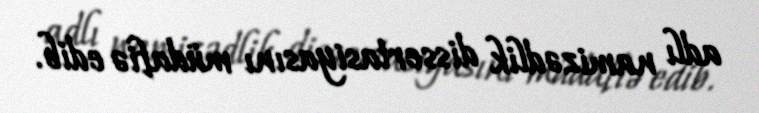
adlı namizədlik dissertasiyasını müdafiə edib.